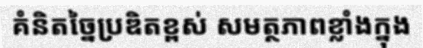
គំនិតច្នៃប្រឌិតខ្ពស់ សមត្ថភាពខ្លាំងក្នុង